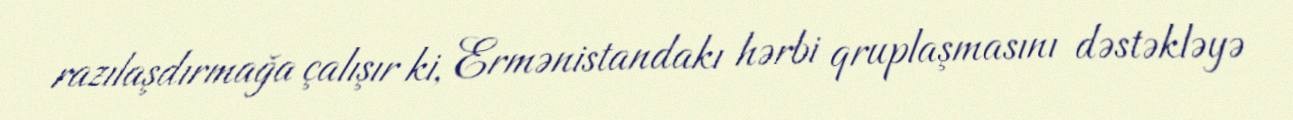
razılaşdırmağa çalışır ki, Ermənistandakı hərbi qruplaşmasını dəstəkləyə